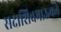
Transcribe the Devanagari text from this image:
सदाशिवभाऊकडे